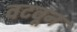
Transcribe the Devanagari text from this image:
वटवून